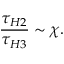
\frac { \tau _ { H 2 } } { \tau _ { H 3 } } \sim \chi .